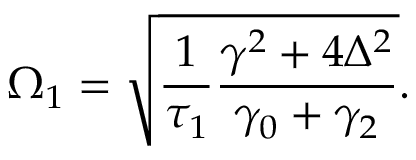
\Omega _ { 1 } = \sqrt { \frac { 1 } { \tau _ { 1 } } \frac { \gamma ^ { 2 } + 4 \Delta ^ { 2 } } { \gamma _ { 0 } + \gamma _ { 2 } } } .